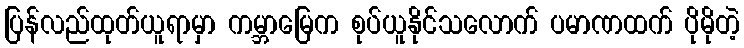
ပြန်လည်ထုတ်ယူရာမှာ ကမ္ဘာမြေက စုပ်ယူနိုင်သလောက် ပမာဏထက် ပိုမိုတဲ့